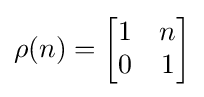
\rho (n)={\begin{bmatrix}1&n\\0&1\end{bmatrix}}